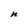
Character: n